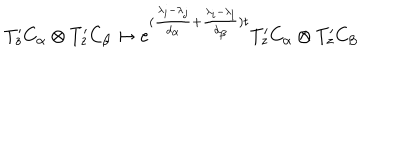
LaTeX: T _ { z } ^ { \prime } C _ { \alpha } \otimes T _ { z } ^ { \prime } C _ { \beta } \mapsto e ^ { ( \frac { \lambda _ { i } - \lambda _ { j } } { d _ { \alpha } } + \frac { \lambda _ { i } - \lambda _ { l } } { d _ { \beta } } ) t } T _ { z } ^ { \prime } C _ { \alpha } \otimes T _ { z } ^ { \prime } C _ { \beta }